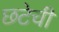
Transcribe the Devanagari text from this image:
छटेची